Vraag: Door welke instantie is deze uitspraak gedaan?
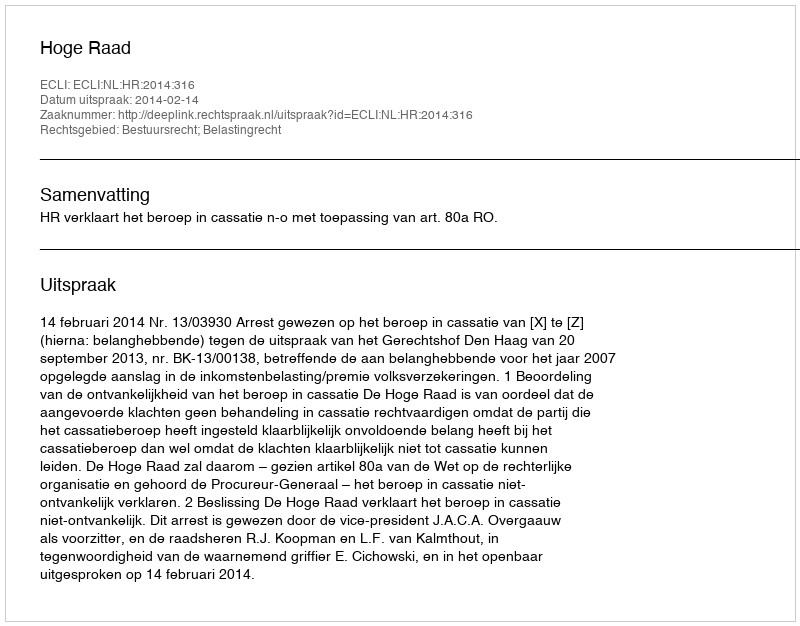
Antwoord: Hoge Raad